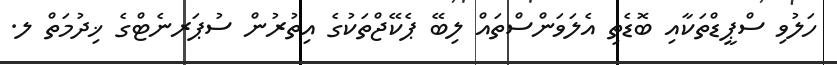
ހަލުވި ސްޕީޑްތަކާއި ބޮޑެތި އެލަވަންސްތައް ލިބޭ ޕެކޭޖްތަކުގެ އިތުރުން ސުޕަރނެޓްގެ ޚިދުމަތް ލ.